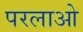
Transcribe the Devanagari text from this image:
परलाओ